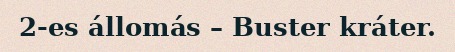
2-es állomás – Buster kráter.